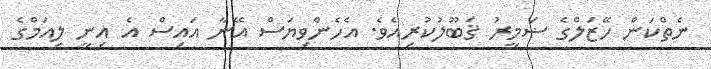
ނެތްކަން ހޭޒަލްގެ ޟަމީރު ޤަބޫލުކުރިއެވެ. އެހެންވިޔަސް އޭނާ އައިސް އެ އިނީ ލިއަމްގެ